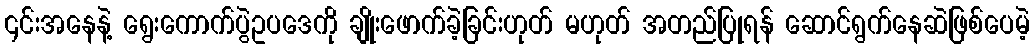
၎င်းအနေနဲ့ ရွေးကောက်ပွဲဥပဒေကို ချိုးဖောက်ခဲ့ခြင်းဟုတ် မဟုတ် အတည်ပြုရန် ဆောင်ရွက်နေဆဲဖြစ်ပေမဲ့